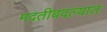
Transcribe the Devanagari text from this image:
मदतीबदल्यात